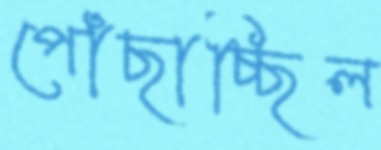
পোঁছাচ্ছিল